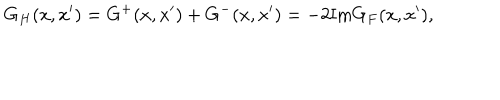
G _ { H } ( x , x ^ { \prime } ) = G ^ { + } ( x , x ^ { \prime } ) + G ^ { - } ( x , x ^ { \prime } ) = - 2 \mathrm { I m } G _ { F } ( x , x ^ { \prime } ) ,